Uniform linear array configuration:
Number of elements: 4
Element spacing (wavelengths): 1
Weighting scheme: blackman
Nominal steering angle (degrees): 30
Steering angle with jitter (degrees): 30.234
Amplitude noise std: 0.05
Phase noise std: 0.05

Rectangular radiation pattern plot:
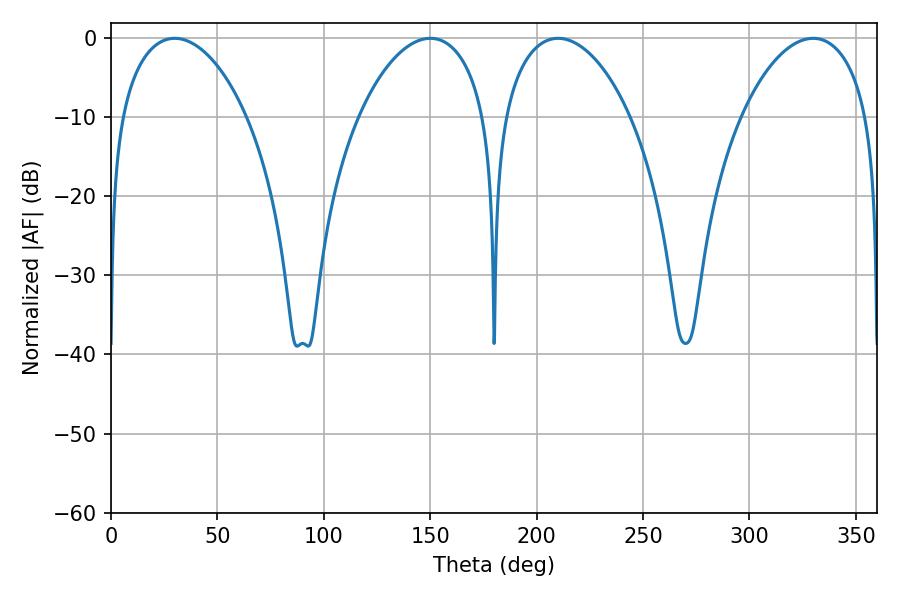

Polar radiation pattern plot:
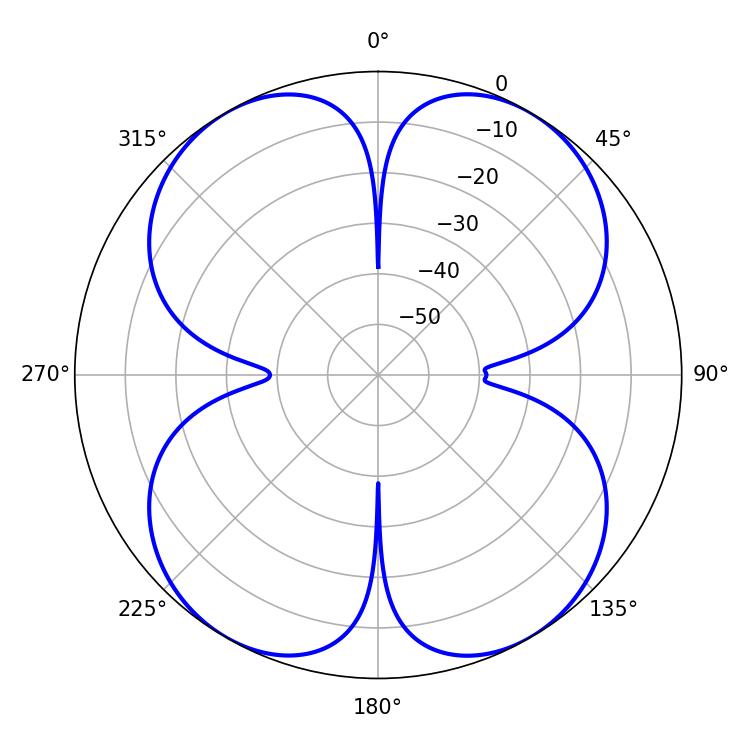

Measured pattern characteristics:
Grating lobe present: TRUE
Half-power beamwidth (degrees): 34.02
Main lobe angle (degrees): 329.94